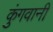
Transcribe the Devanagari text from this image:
कुंगवानी